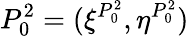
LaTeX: P_{0}^{2}=(\xi^{P_{0}^{2}},\eta^{P_{0}^{2}})